Eesti_Vabariigi_Tartu_Ulikool, lk 114
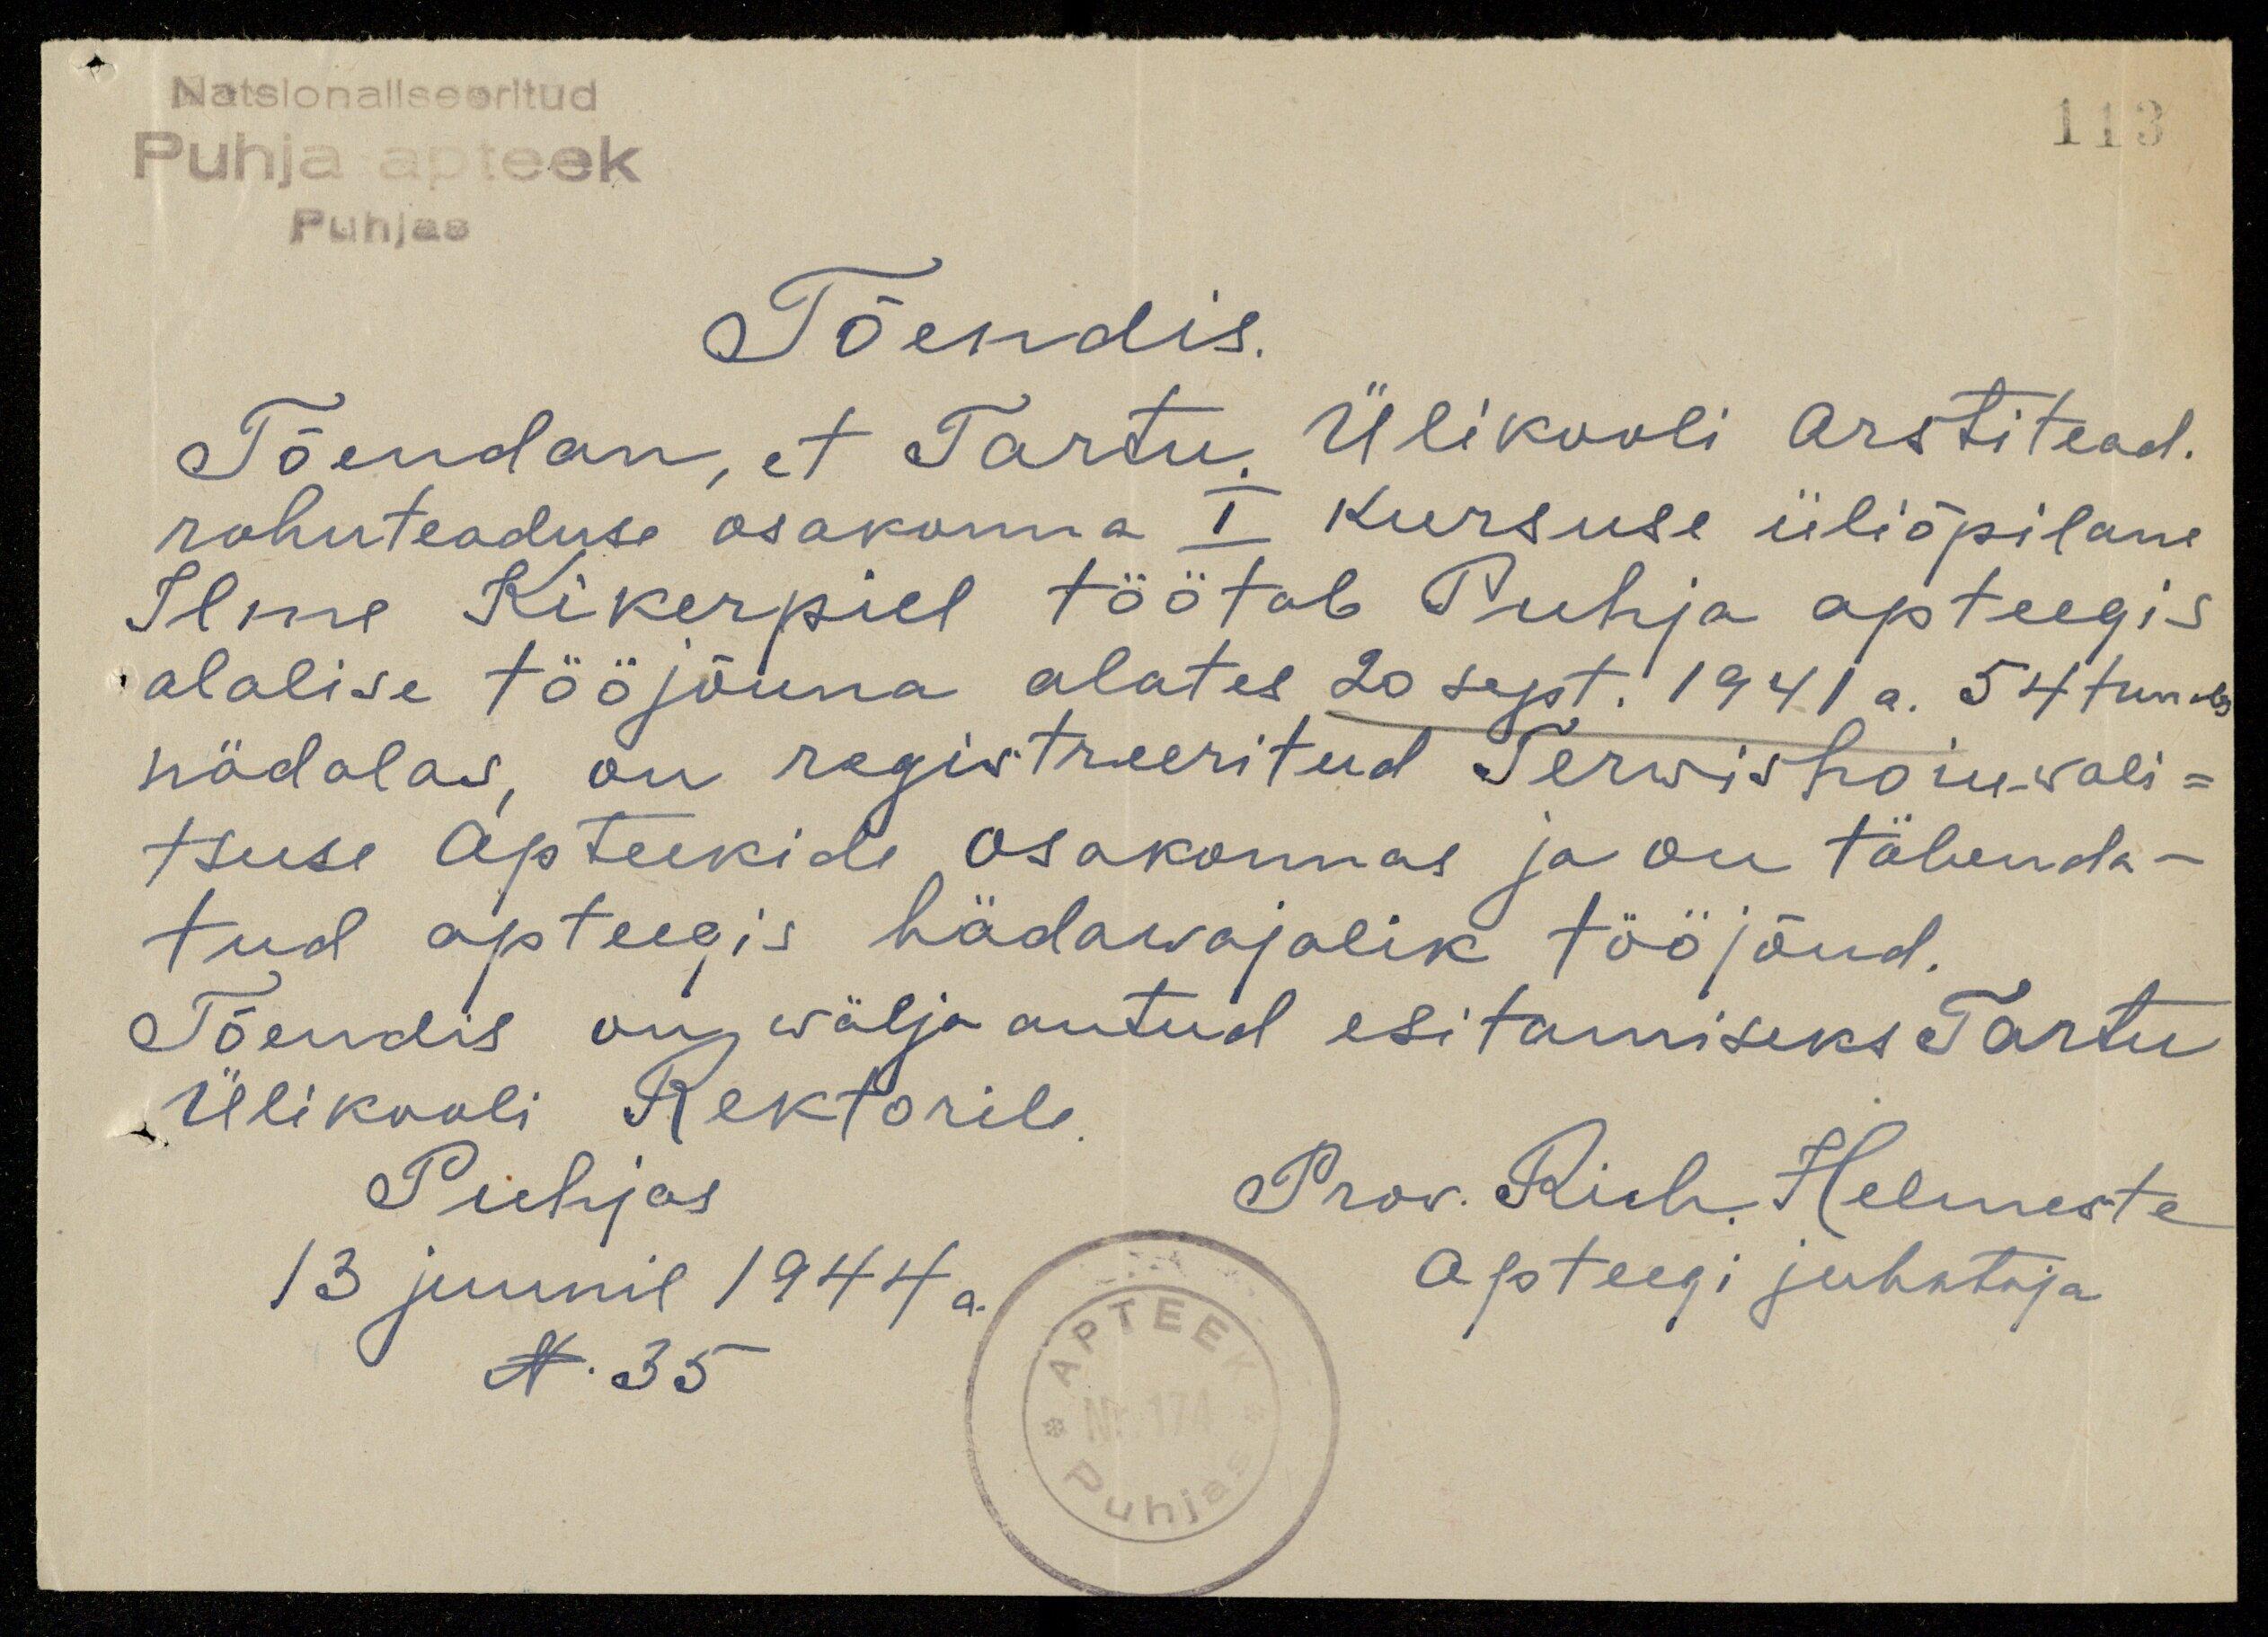
Natsionaliseeritud
Puhja apteek
Puhjas
Tõendis.
Tõendan, et Tartu Ülikooli arstitead.
rahuteaduse osakonna I kursuse üliõpilane
Ilme Kikerpill töötab Puhja apteegis
alalise tööjõuna alates 20 sept. 1941 a. 54 tundi
nädalas on registreeritud Terwishoiuwali-
tsuse Aptekide osakonnas ja on tähenda-
tud apteegis hädawajalik tööjõud.
Tõendis on wälja antud esitamiseks Tartu
Ülikooli Rektorile
Puhjas
Prov. Rich. Helmeste
13 juunil 1944 a.
Asteegi juhataja
N. 35